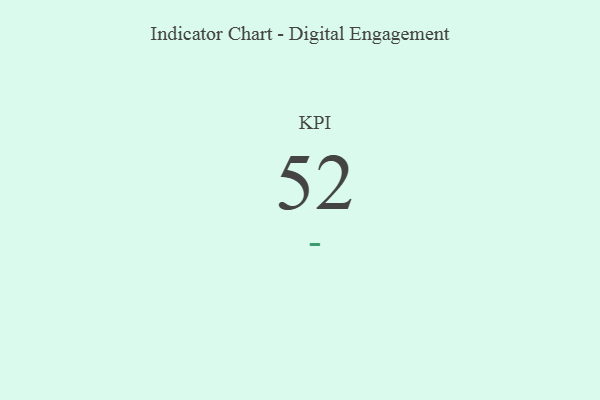
{"axis": {"x": "KPI", "y": "Value"}, "legend": [""], "data": [{"x": "KPI", "y": 52, "type": ""}]}